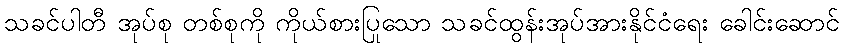
သခင်ပါတီ အုပ်စု တစ်စုကို ကိုယ်စားပြုသော သခင်ထွန်းအုပ်အားနိုင်ငံရေး ခေါင်းဆောင်